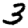
Digit: 3